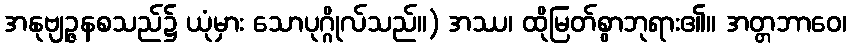
အနုဗျဉ္ဇနစသည်၌ ယုံမှား သောပုဂ္ဂိုလ်သည်။) အဿ၊ ထိုမြတ်စွာဘုရား၏။ အတ္တဘာဝေ၊